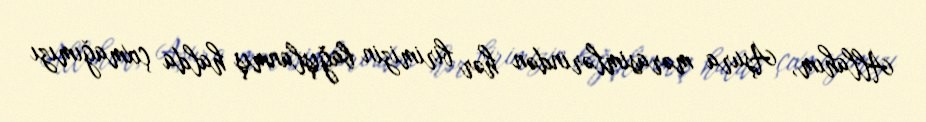
Allahım, Aşura mərasimlərindən hər birimizin bağışlanmış halda çıxmağımızı